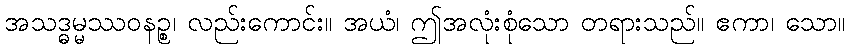
အသဒ္ဓမ္မဿဝနဉ္စ၊ လည်းကောင်း။ အယံ၊ ဤအလုံးစုံသော တရားသည်။ ဧကာ၊ သော။